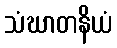
သံဃာတနိယံ